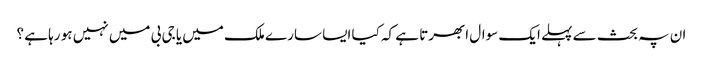
ان پہ بحث سے پہلے ایک سوال ابھرتا ہے کہ کیا ایسا سارے ملک میں یا جی بی میں نہیں ہو رہا ہے ؟